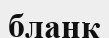
бланк